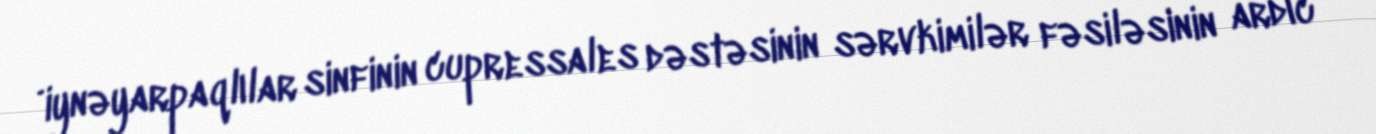
i̇ynəyarpaqlılar sinfinin cupressales dəstəsinin sərvkimilər fəsiləsinin ardıc